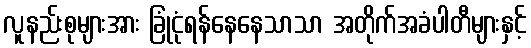
လူနည်းစုများအား ခြုံငုံရန်နေနေသာသာ အတိုက်အခံပါတီများနှင့်